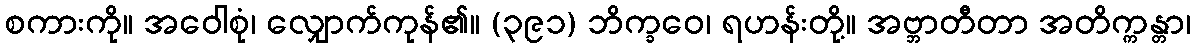
စကားကို။ အဝေါစုံ၊ လျှောက်ကုန်၏။ (၃၉၁) ဘိက္ခဝေ၊ ရဟန်းတို့။ အဗ္ဘာတီတာ အတိက္ကန္တာ၊